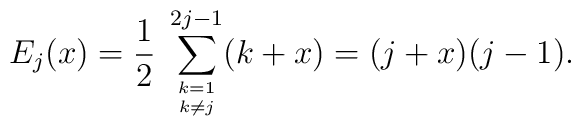
E_j(x)=\frac{1}{2} \; \sum_{{k=1 \atop k\neq j}}^{2j-1} (k+x)= (j+x)(j-1).